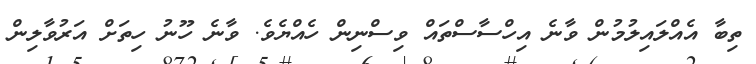
ތިބާ އެއްލައިލުމުން ވާނެ އިހްސާސްތައް ވިސްނިން ހެއްޔެވެ. ވާނެ ހޫނު ހިތަށް އަރުވާލިން